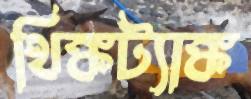
থিঙ্কট্যাঙ্ক